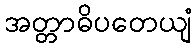
အတ္တာဓိပတေယျံ